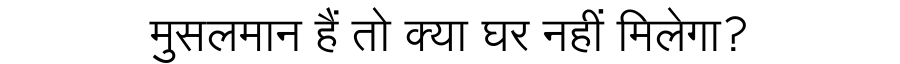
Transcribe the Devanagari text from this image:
मुसलमान हैं तो क्या घर नहीं मिलेगा?